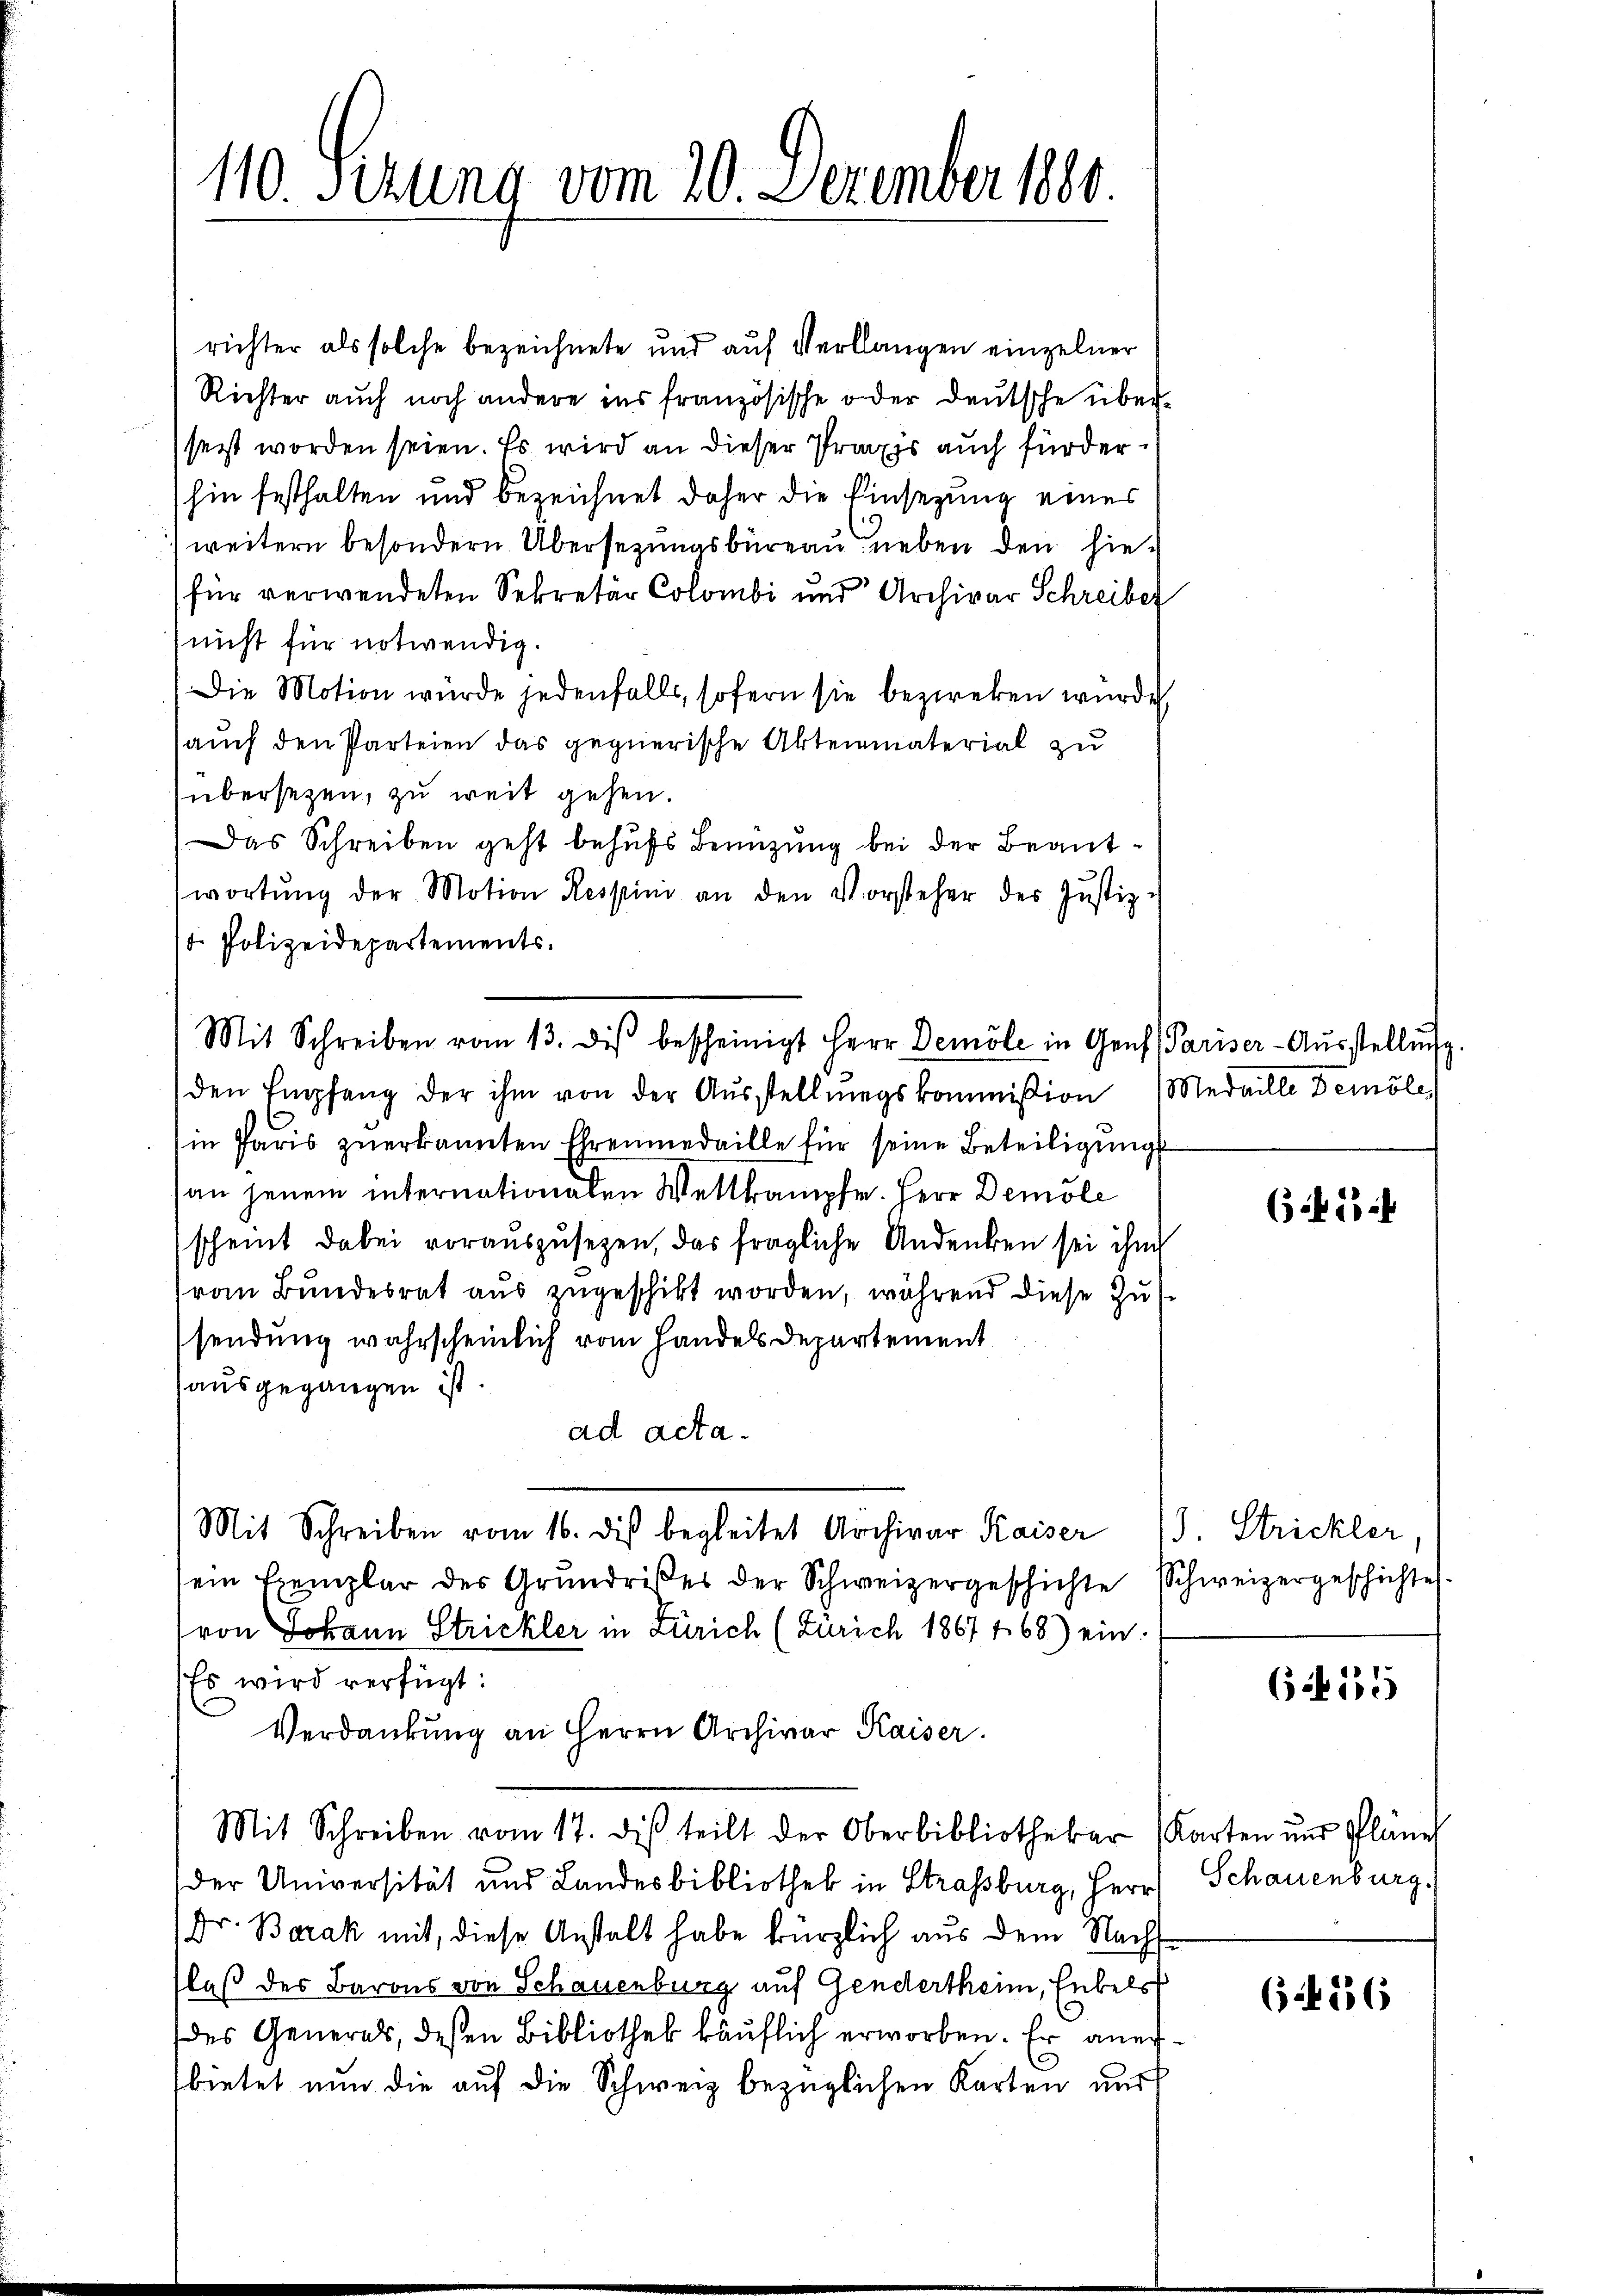
110. Sizung vom 20. Dezember 1880.

richter als solche bezeichnete und auf Verlangen einzelner
Richter auch noch andere ins französische oder deutsche überseit worden seien. Es wird an dieser Praxis auch fürderhin festhalten und bezeichnet daher die Einsezung eines
weitern besondern Übersezungsbüreau neben den hiefür verwendeten Sekretär Colombi und Archivar Schreiber
nicht für notwendig.
Die Motion würde jedenfalls, sofern sie bezweken wurde
(auch den Parteien das gegnerische Aktenmaterial zu
übersezen, zu weit gehen.
Das Schreiben geht behufs Benützung bei der Beantwortŭng der Motion Respini an den Vorsteher des Justiz-
t. Polizeidepartements.
den Empfang der ihm von der Aŭsstellungskommission (Medaille Demöle
in Paris zŭerkannten Ehrenmedaille für seine Beteiligŭng
an jenem internationalen Weltkampfe. Herr Demole
scheint dabei vorauszusetzen, das fragliche Andenken sei ihm
von Bundesrat aus zugeschikt worden, während diese Zus
sendung wahrscheinlich vom Handels Departement
ausgegangen ist.
ad acta.
Mit Schreiben vom 16. dis begleitet Archivar Kaiser 13. Strickler,
sein Exemplar des Grŭndrises der Schweizergeschichte Schweizergeschichtes.
(von Johann Strickler in Zürich (Zürich 1867468) ein.
Es wird verfügt:
Verdankŭng an Herrn Archivar Kaiser.
Mit Schreiben vom 17. diβ teilt der Oberbibliothekar (Karten und Pläne
der Universität und Landesbibliothek in Strassburg, Herr
Dr. Borak mit, diese Anstalt habe kürzlich aus dem Nachlaß des Barons von Schauenburg auf Gendertheim, Enkels
des Generals, deßen Bibliothek käuflich erworben. Er anerbietet nun die auf die Schweiz bezüglichen Karten und

Mit Schreiben vom 13. diβ bescheinigt Herr Demöle in Genf Pariser-Aŭsstellŭng.

(i 13

6455

Schauenburg.

64556